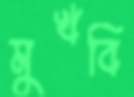
মুখবি